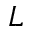
L